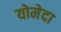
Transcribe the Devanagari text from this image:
योमेदा